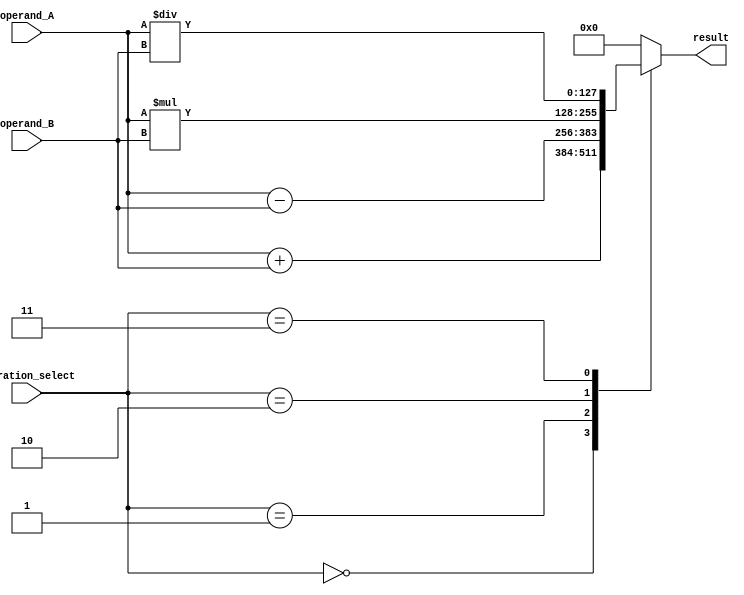
module quad_precision_floating_point_unit (
    input [127:0] operand_A,
    input [127:0] operand_B,
    input [2:0] operation_select, // 0: addition, 1: subtraction, 2: multiplication, 3: division
    output reg [127:0] result
);

always @(*) begin
    case(operation_select)
        3'b000: begin // Addition operation
            result = operand_A + operand_B;
        end
        3'b001: begin // Subtraction operation
            result = operand_A - operand_B;
        end
        3'b010: begin // Multiplication operation
            result = operand_A * operand_B;
        end
        3'b011: begin // Division operation
            result = operand_A / operand_B;
        end
        default: begin
            result = 128'b0;
        end
    endcase
end

endmodule